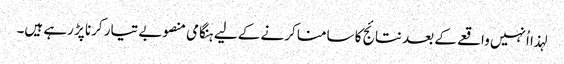
لہذا اُنہیں واقعے کے بعد نتائج کا سامنا کرنے کے لیے ہنگامی منصوبے تیار کرنا پڑ رہے ہیں۔